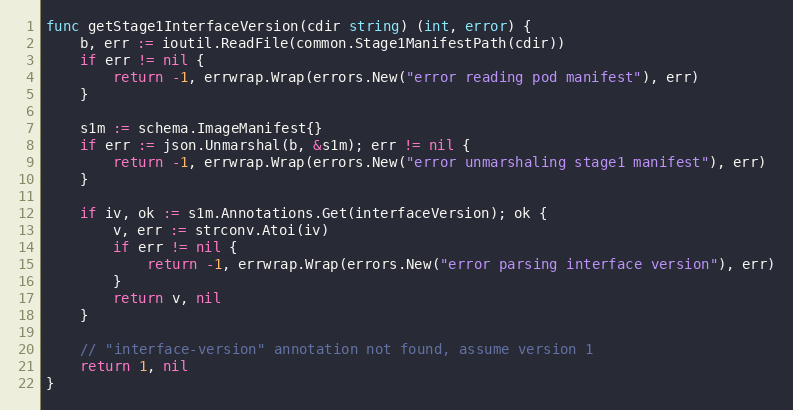
Language: Go
func getStage1InterfaceVersion(cdir string) (int, error) {
	b, err := ioutil.ReadFile(common.Stage1ManifestPath(cdir))
	if err != nil {
		return -1, errwrap.Wrap(errors.New("error reading pod manifest"), err)
	}

	s1m := schema.ImageManifest{}
	if err := json.Unmarshal(b, &s1m); err != nil {
		return -1, errwrap.Wrap(errors.New("error unmarshaling stage1 manifest"), err)
	}

	if iv, ok := s1m.Annotations.Get(interfaceVersion); ok {
		v, err := strconv.Atoi(iv)
		if err != nil {
			return -1, errwrap.Wrap(errors.New("error parsing interface version"), err)
		}
		return v, nil
	}

	// "interface-version" annotation not found, assume version 1
	return 1, nil
}